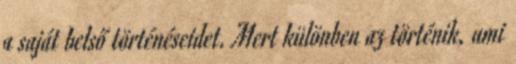
a saját belső történéseidet. Mert különben az történik, ami